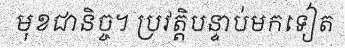
មុខជានិច្ច។ ប្រវត្តិបន្ទាប់មកទៀត